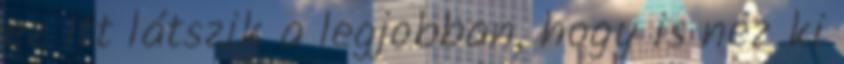
ez Itt látszik a legjobban, hogy is néz ki